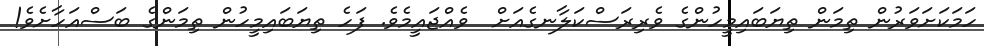
ހަމަކަށަވަރުން ތިމަން ތިޔަބައިމީހުންގެ ވެރިރަސްކަލާނގެއަށް  ވެއްޖައީމެވެ. ފަހެ ތިޔަބައިމީހުން ތިމަންގެ ބަސްއަހާށެވެ!